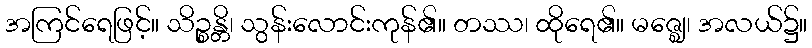
အကြင်ရေဖြင့်။ သိဉ္စန္တိ၊ သွန်းလောင်းကုန်၏။ တဿ၊ ထိုရေ၏။ မဇ္ဈေ၊ အလယ်၌။